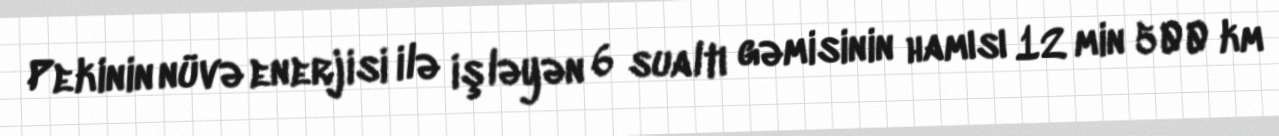
Pekinin nüvə enerjisi ilə işləyən 6 sualtı gəmisinin hamısı 12 min 500 km